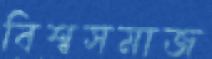
বিশ্বসমাজ